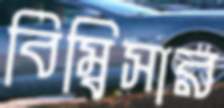
বিম্বিসার